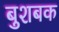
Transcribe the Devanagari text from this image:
बुशबक